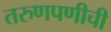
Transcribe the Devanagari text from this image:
तरुणपणीची